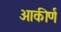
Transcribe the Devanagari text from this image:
आकीर्ण